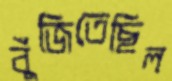
বুঁজিতেছিল